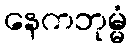
နေကဘုမ္မံ